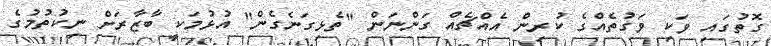
ގޮތުގައި ވަކި ވަގުތެއްގެ ކުރިން އެއްޗެއް ގަންނަން "ތެޅިގަނެގެން" އުޅުމަކީ ބާޒާރަށް ނިކުތުމުގެ